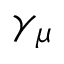
\gamma _ { \mu }